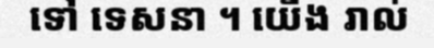
ទៅ ទេសនា ។ យើង រាល់